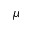
\mu